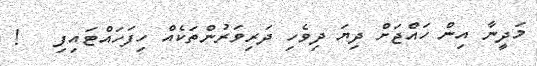
މަދީނާ އިން ހައްޖަށް ދިޔަ ދިވެހި ދަރިވަރުންތަކެއް ހިފަހައްޓައިފި   !